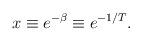
LaTeX: \begin{align*}x\equiv e^{-\beta }\equiv e^{-1/T}.\end{align*}